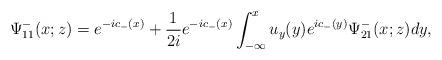
LaTeX: \begin{align*}\Psi^-_{11}(x;z)=e^{-ic_-(x)}+\frac{1}{2i} e^{-ic_-(x)} \int_{-\infty}^x u_y(y) e^{ic_-(y)}\Psi^-_{21}(x;z) dy,\end{align*}